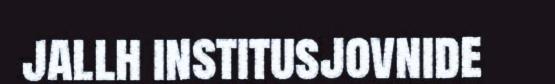
jallh institusjovnide